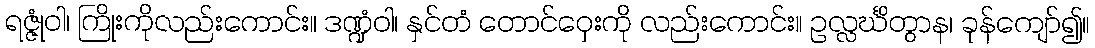
ရဇ္ဇုံဝါ၊ ကြိုးကိုလည်းကောင်း။ ဒဏ္ဍံဝါ၊ နှင်တံ တောင်ဝှေးကို လည်းကောင်း။ ဥလ္လင်္ဃိတွာန၊ ခုန်ကျော်၍။